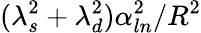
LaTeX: (\lambda_{s}^{2}+\lambda_{d}^{2})\alpha_{ln}^{2}/R^{2}